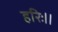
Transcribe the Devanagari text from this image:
हरिः।।